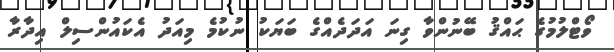
ވޯޓްލުމުގެ ޙައްޤު ބޭނުންވާ ގިނަ އަދަދެއްގެ ބަޔަކު ނުކުމެ މިއަދު އެކައުންސިލް އިދާރާ